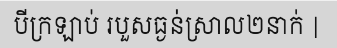
បីក្រឡាប់ របួសធ្ងន់ស្រាល២នាក់ |